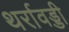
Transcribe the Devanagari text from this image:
थर्रावड्डी